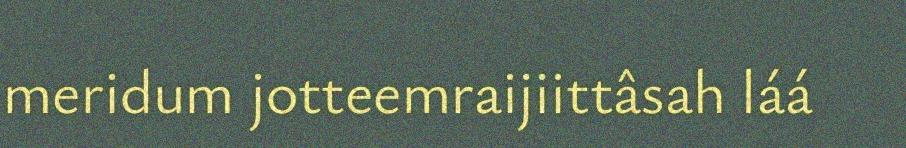
meridum jotteemraijiittâsah láá